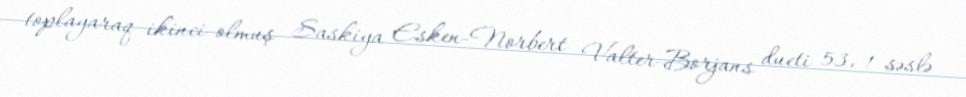
toplayaraq ikinci olmuş Saskiya Esken-Norbert Valter-Borjans dueti 53, 1 səslə